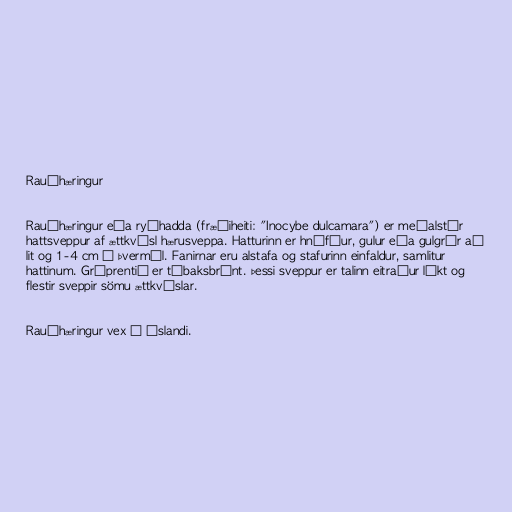
Rauðhæringur

Rauðhæringur eða ryðhadda (fræðiheiti: "Inocybe dulcamara") er meðalstór
hattsveppur af ættkvísl hærusveppa. Hatturinn er hnýfður, gulur eða gulgrár að
lit og 1-4 cm í þvermál. Fanirnar eru alstafa og stafurinn einfaldur, samlitur
hattinum. Gróprentið er tóbaksbrúnt. Þessi sveppur er talinn eitraður líkt og
flestir sveppir sömu ættkvíslar.

Rauðhæringur vex á Íslandi.